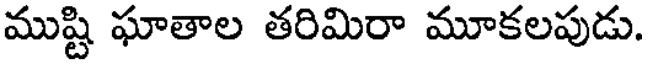
ముష్టి ఘాతాల తరిమిరా మూకలపుడు.